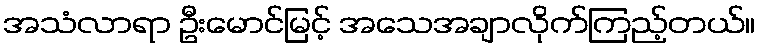
အသံလာရာ ဦးမောင်မြင့် အသေအချာလိုက်ကြည့်တယ်။